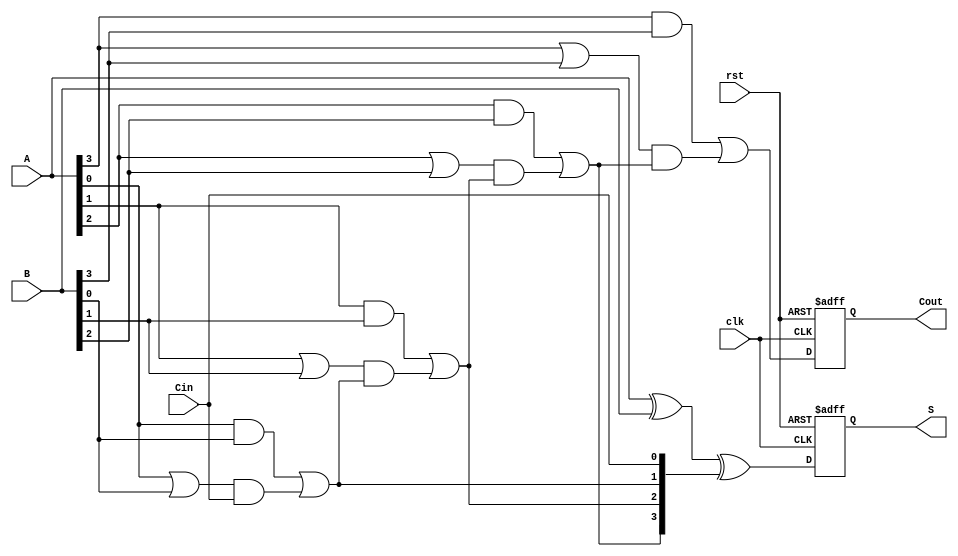
module PCLA #(parameter N = 4) (
    input  wire [N-1:0] A,      // First n-bit input
    input  wire [N-1:0] B,      // Second n-bit input
    input  wire Cin,             // Carry-in
    input  wire clk,             // Clock signal
    input  wire rst,             // Reset signal
    output reg [N-1:0] S,        // n-bit sum output
    output reg Cout              // Carry-out output
);

    // Intermediate signals
    wire [N-1:0] G;             // Generate signals
    wire [N-1:0] P;             // Propagate signals
    wire [N:0] C;               // Carry signals (C[0] = Cin)

    // Stage 1: Generate and Propagate
    genvar i;
    generate
        for (i = 0; i < N; i = i + 1) begin : gen_prop
            assign G[i] = A[i] & B[i]; // Generate
            assign P[i] = A[i] | B[i]; // Propagate
        end
    endgenerate

    // Stage 2: Carry Calculation
    assign C[0] = Cin; // Initial carry-in
    generate
        for (i = 1; i <= N; i = i + 1) begin : carry_calc
            assign C[i] = G[i-1] | (P[i-1] & C[i-1]); // Carry
        end
    endgenerate

    // Stage 3: Sum Calculation
    always @(posedge clk or posedge rst) begin
        if (rst) begin
            S <= 0;
            Cout <= 0;
        end else begin
            S <= A ^ B ^ C[N-1:0]; // Sum
            Cout <= C[N];         // Final carry-out
        end
    end

endmodule